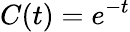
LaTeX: C(t)=e^{-t}